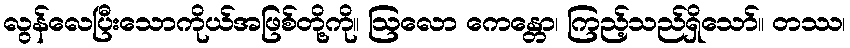
လွန်လေပြီးသောကိုယ်အဖြစ်တို့ကို။ ဩလော ကေန္တော၊ ကြည့်သည်ရှိသော်။ တဿ၊